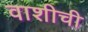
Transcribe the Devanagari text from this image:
वाशीची